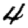
Digit: 4